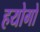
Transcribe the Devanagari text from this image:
हयोगो